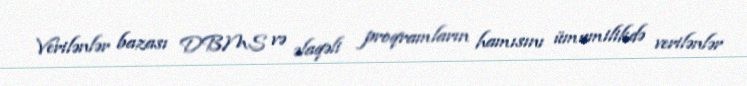
Verilənlər bazası DBMS və əlaqəli proqramların hamısını ümumilikdə verilənlər